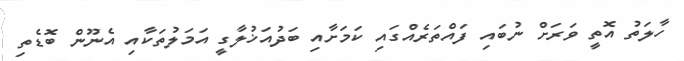
ހާލަތު އޮތީ ވަރަށް ނުބައި ފައްތަރެއްގައި ކަމަށާއި ބަދުއަޚުލާގީ އަމަލުތަކާއި އެނޫން ބޮޑެތި